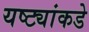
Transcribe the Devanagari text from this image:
यष्ट्यांकडे